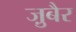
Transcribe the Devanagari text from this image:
जु़बैर